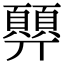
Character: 顨